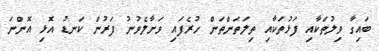
ބައިގާ ވިލުތަކާއި ފަޅުތަކާއި ތިލަތަންތަން ހުރެފައި ވަށާލެވުނު ފަރުން ކަނޑު އޮޅި އޮންނަ